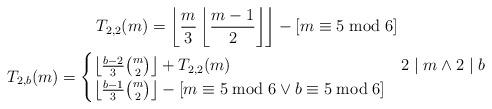
LaTeX: \begin{gather*}T_{2,2}(m)=\left\lfloor\frac m3\left\lfloor\frac{m-1}2\right\rfloor\right\rfloor-[m\equiv5\bmod6]\\T_{2,b}(m)=\begin{cases} \left\lfloor\frac{b-2}3\binom m2\right\rfloor+T_{2,2}(m)&2\mid m\land2\mid b\\ \left\lfloor\frac{b-1}3\binom m2\right\rfloor-[m\equiv5\bmod6\lor b\equiv5\bmod6]&\end{cases}\end{gather*}